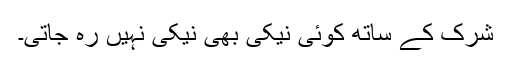
شرک کے ساتھ کوئی نیکی بھی نیکی نہیں رہ جاتی۔